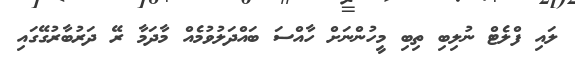
ލައި ފްލެޓް ނުލިބި ތިބި މީހުންނަށް ހާއްސަ ބައްދަލުވުމެއް މާދަމާ ރޭ ދަރުބާރުގޭގައި